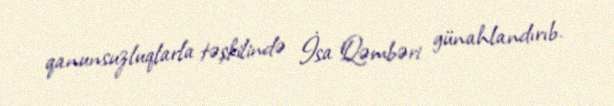
qanunsuzluqlarla təşkilində İsa Qəmbəri günahlandırıb.